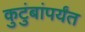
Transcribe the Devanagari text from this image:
कुटुंबांपर्यंत